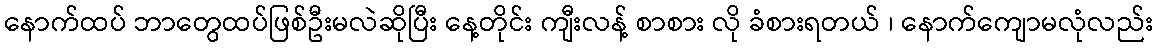
နောက်ထပ် ဘာတွေထပ်ဖြစ်ဦးမလဲဆိုပြီး နေ့တိုင်း ကျီးလန့် စာစား လို ခံစားရတယ် ၊ နောက်ကျောမလုံလည်း